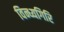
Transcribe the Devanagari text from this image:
विन्ध्यगिरि